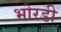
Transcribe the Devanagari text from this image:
भोरडी